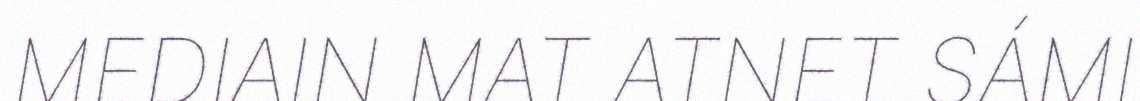
MEDIAIN MAT ATNET SÁMI